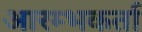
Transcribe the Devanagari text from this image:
आरम्भकर्ता